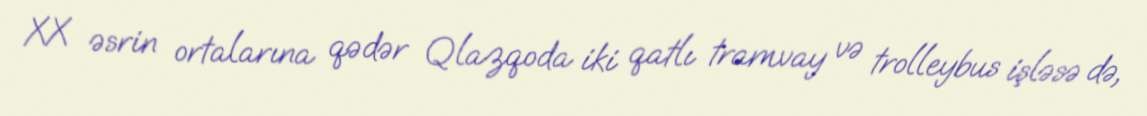
XX əsrin ortalarına qədər Qlazqoda iki qatlı tramvay və trolleybus işləsə də,